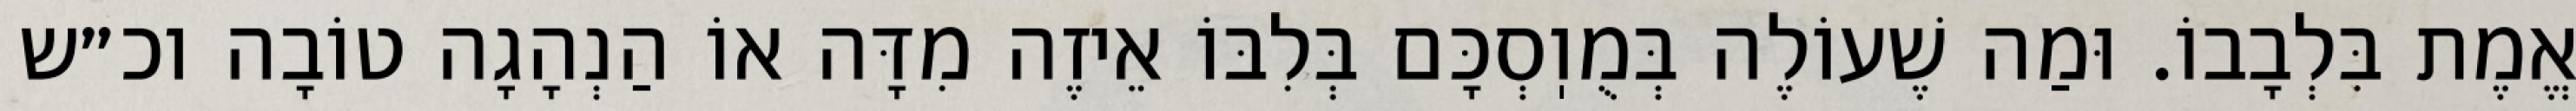
אֱמֶת בִּלְבָבוֹ. וּמַה שֶׁעוֹלֶה בְּמֻוֽסְכָּם בְּלִבּוֹ אֵיזֶה מִדָּה אוֹ הַנְהָגָה טוֹבָה וכ״ש